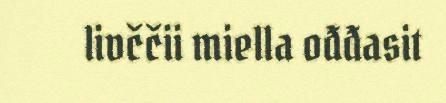
livččii miella ođđasit